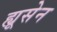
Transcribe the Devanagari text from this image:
ह्यूसेन